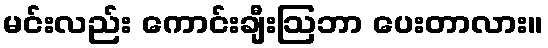
မင်းလည်း ကောင်းချီးဩဘာ ပေးတာလား။